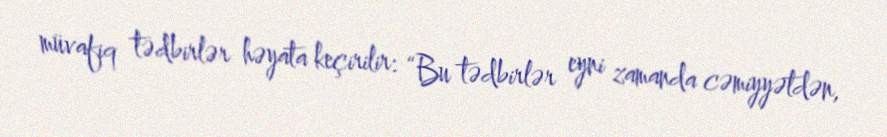
müvafiq tədbirlər həyata keçirilir: “Bu tədbirlər eyni zamanda cəmiyyətdən,